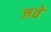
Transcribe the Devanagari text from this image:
जवे